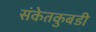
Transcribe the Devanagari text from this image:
संकेतकुबडी